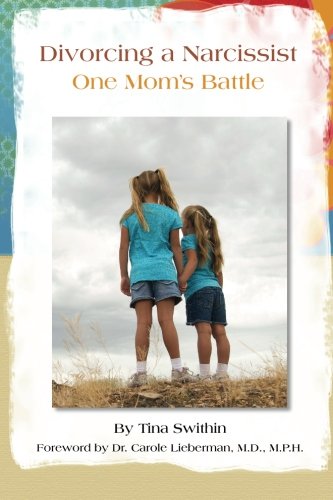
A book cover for Divorcing a Narcissist - One Mom's Battle; Tina Swithin; Parenting & Relationships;